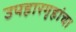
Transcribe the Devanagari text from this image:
उपहारगृहांचा